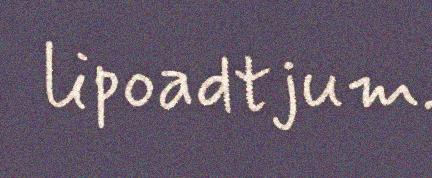
lipoadtjum.